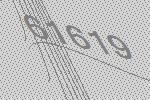
61619